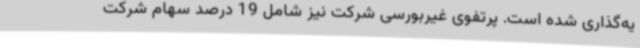
یه‌گذاری شده است. پرتفوی‌ غیربورسی شرکت نیز شامل 19 درصد سهام شرکت